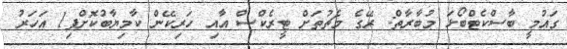
ގައުމީ ބާސްކެޓްބޯޅަ މުބާރާތް: ރޭގެ މެޗުތަށް ޓީރެކްސް އާއި ހަރިކޭން ކާމިޔާބުކޮށްފި1 އަހަރު